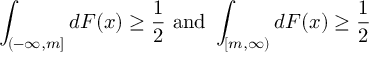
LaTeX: \int _ { ( - \infty , m ] } d F ( x ) \geq { \frac { 1 } { 2 } } { \mathrm { ~ a n d ~ } } \int _ { [ m , \infty ) } d F ( x ) \geq { \frac { 1 } { 2 } }